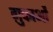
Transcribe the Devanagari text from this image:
ग़ुफाओं